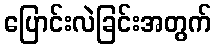
ပြောင်းလဲခြင်းအတွက်